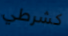
كشرطي